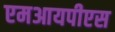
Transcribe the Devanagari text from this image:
एमआयपीएस